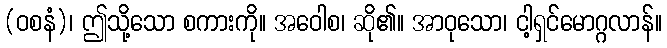
(ဝစနံ)၊ ဤသို့သော စကားကို။ အဝေါစ၊ ဆို၏။ အာဝုသော၊ ငါ့ရှင်မောဂ္ဂလာန်။